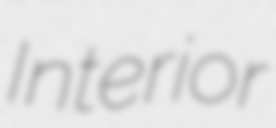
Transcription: Interior